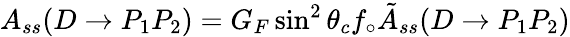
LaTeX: A_{ss}(D\rightarrow P_{1}P_{2})=G_{F}\sin^{2}\theta_{c}f_{\circ}\tilde{A}_{ss}(D\rightarrow P_{1}P_{2})